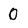
Character: 0